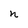
Character: h